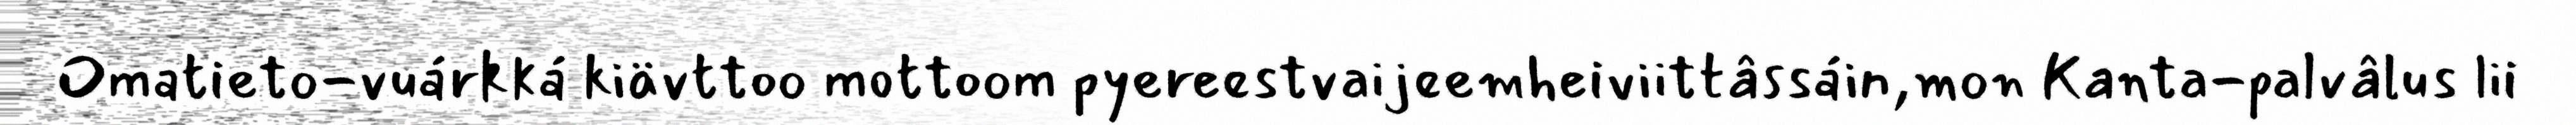
Omatieto-vuárkká kiävttoo mottoom pyereestvaijeemheiviittâssáin,mon Kanta-palvâlus lii